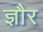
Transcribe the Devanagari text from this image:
ज्ञौर